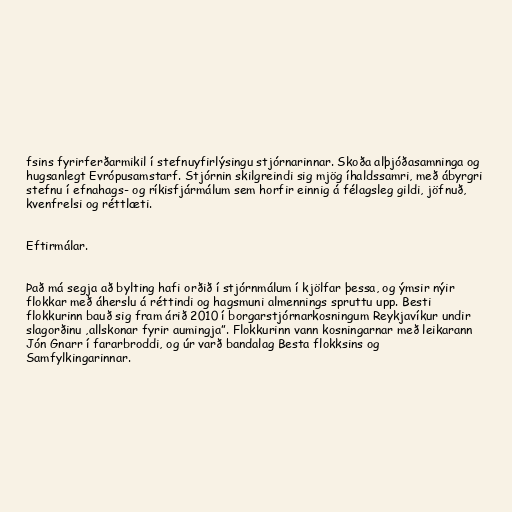
fsins fyrirferðarmikil í stefnuyfirlýsingu stjórnarinnar. Skoða alþjóðasamninga og
hugsanlegt Evrópusamstarf. Stjórnin skilgreindi sig mjög íhaldssamri, með ábyrgri
stefnu í efnahags- og ríkisfjármálum sem horfir einnig á félagsleg gildi, jöfnuð,
kvenfrelsi og réttlæti.

Eftirmálar.

Það má segja að bylting hafi orðið í stjórnmálum í kjölfar þessa, og ýmsir nýir
flokkar með áherslu á réttindi og hagsmuni almennings spruttu upp. Besti
flokkurinn bauð sig fram árið 2010 í borgarstjórnarkosningum Reykjavíkur undir
slagorðinu ,allskonar fyrir aumingja”. Flokkurinn vann kosningarnar með leikarann
Jón Gnarr í fararbroddi, og úr varð bandalag Besta flokksins og
Samfylkingarinnar.